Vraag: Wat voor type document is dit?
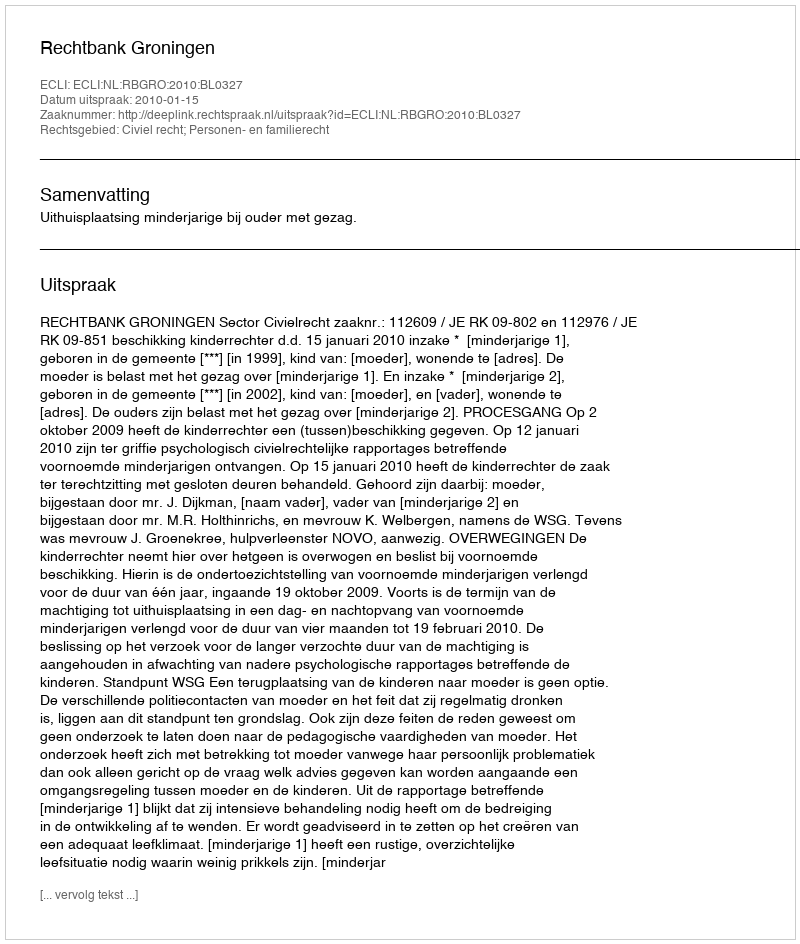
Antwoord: Uitspraak